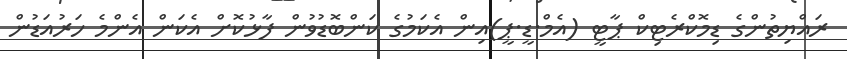
ރައްޔިތުންގެ ޑިމޮކްރެޓިކް ޕާޓީ (އެމް.ޑީ.ޕީ)އިން އެކަމުގެ ކަންބޮޑުވުން ފާޅުކޮށް އެކަން އެންމެ ހަރުއަޑުން